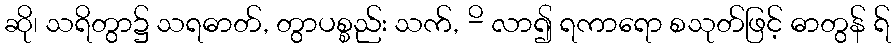
ဆို၊ သရိတွာ၌ သရဓာတ်, တွာပစ္စည်း သက်, -ိ လာ၍ ရကာရော စသုတ်ဖြင့် ဓာတွန် ရ်